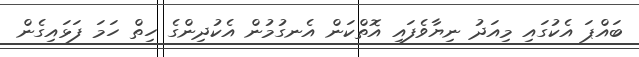
ބައްޕަ އެކުގައި މިއަދު ނިޔާވެފައި އޮތްކަން އެނގުމުން އެކުދިންގެ ހިތް ހަމަ ފަޅައިގެން